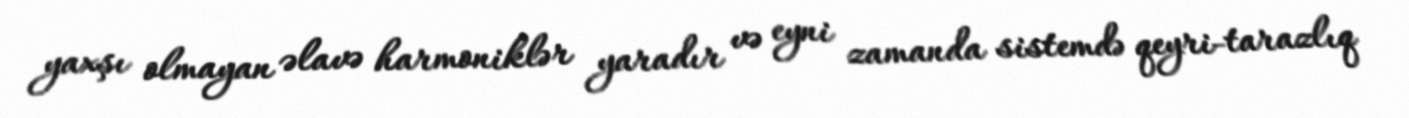
yaxşı olmayan əlavə harmoniklər yaradır və eyni zamanda sistemdə qeyri-tarazlıq